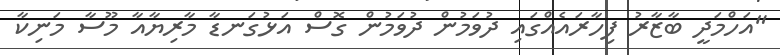
"އަހްމަދީ ބާޒާރު ފިހާރައެއްގައި ދުވަމުން ދުވަމުން ގޮސް އަޅުގަނޑާ މާރިޔާއާ މޫސާ މަނިކާ